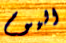
اليوم